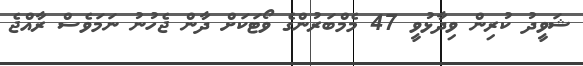
ޝަވީދު ކުރިން ވިދާޅުވީ 47 މެމްބަރުންގެ ވޯޓަކަށް ދާން ޖެހުނު ނަމަވެސް ރާއްޖެ